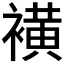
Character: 𧝒